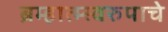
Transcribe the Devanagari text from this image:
ब्रम्हात्म्स्वरुपाचे